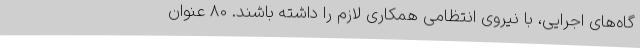
گاه‌های اجرایی، با نیروی انتظامی همکاری لازم را داشته باشند. 80 عنوان